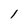
Character: 1